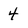
Character: 4